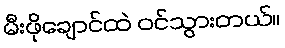
မီးဖိုချောင်ထဲ ဝင်သွားတယ်။